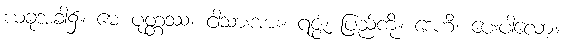
ယခုအခါ၌။ မေ ပုတ္တဿ၊ ငါ့သားအား။ ရဇ္ဇံ၊ ပြည်ကို။ ဒေဟိ၊ ပေးပါလော့။